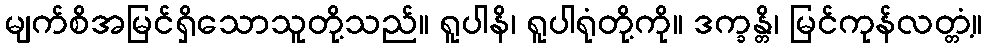
မျက်စိအမြင်ရှိသောသူတို့သည်။ ရူပါနိ၊ ရူပါရုံတို့ကို။ ဒက္ခန္တိ၊ မြင်ကုန်လတ္တံ့။